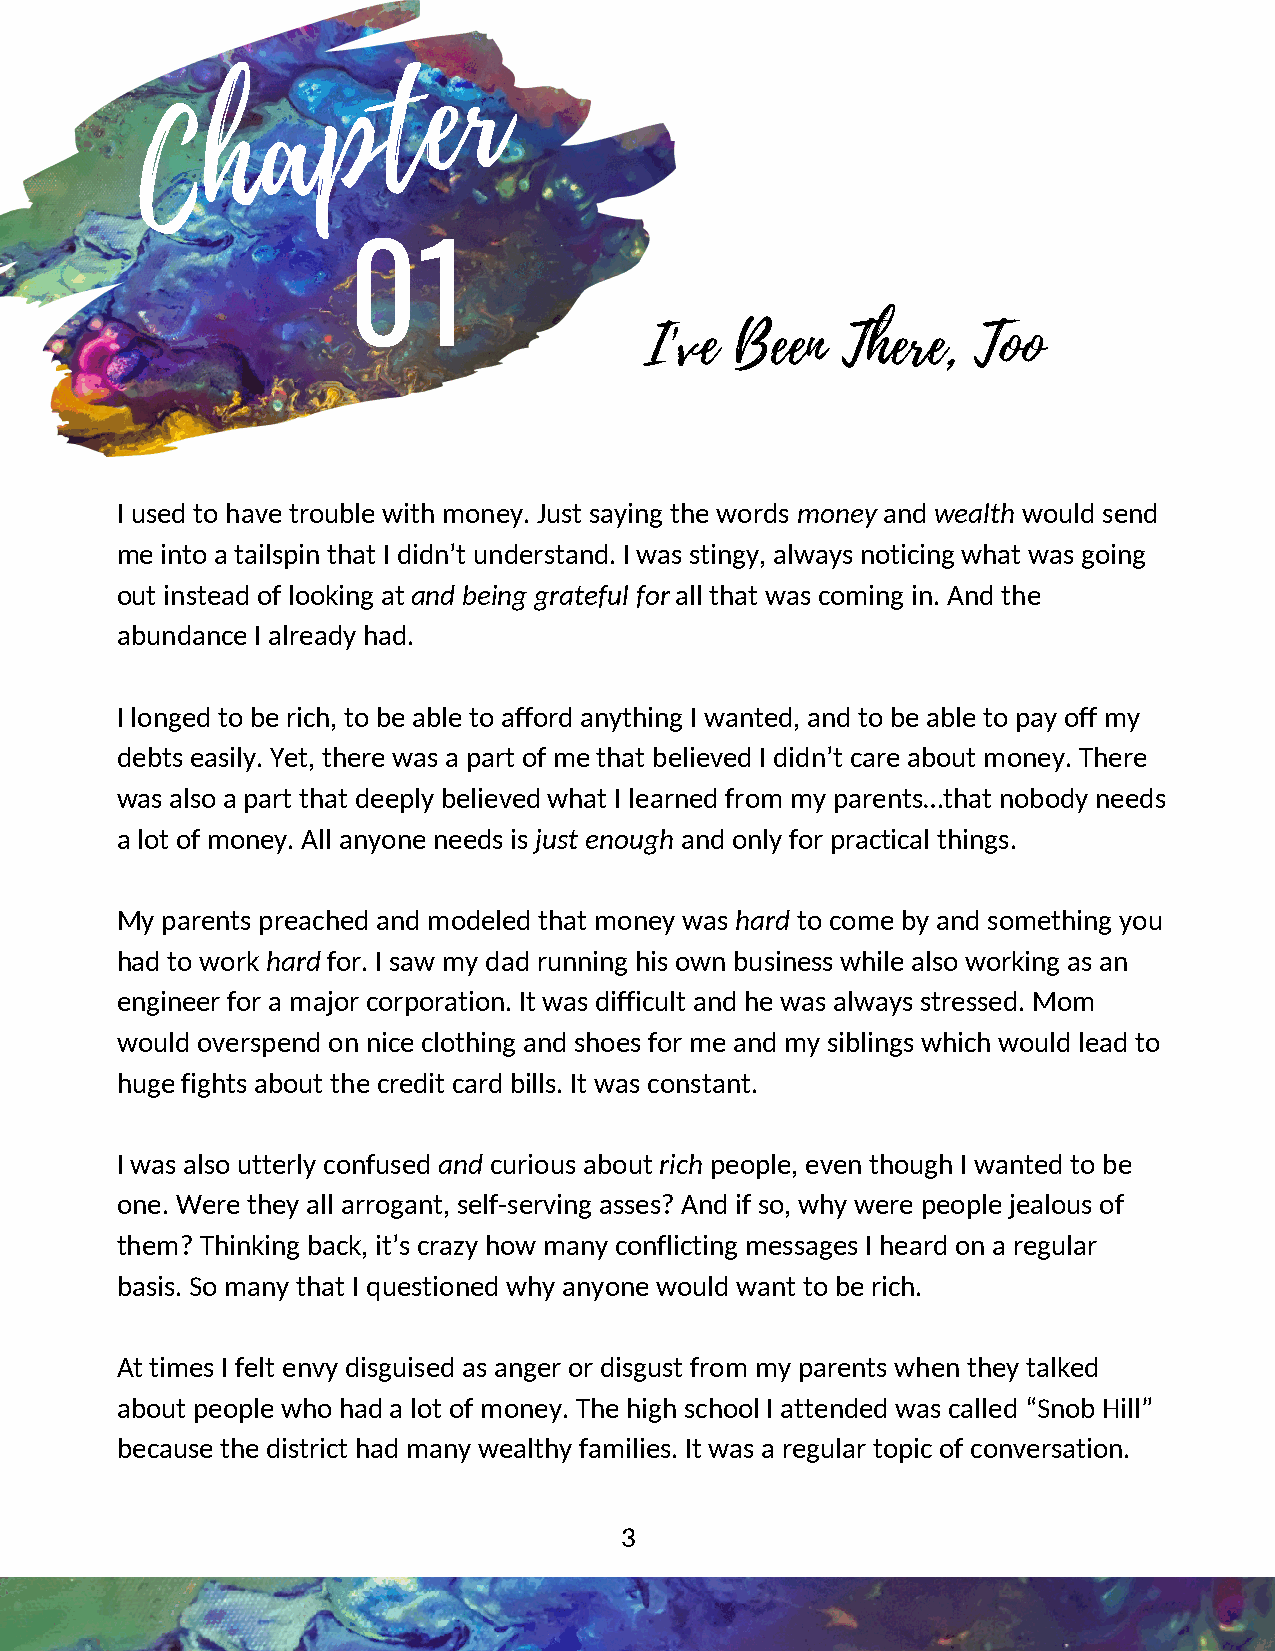
r
 e
 t
 p
 a
 h
 C
 01
 I've  Been   There,  Too
 I used to have trouble with money. Just saying the words money and wealth would send
 me into a tailspin that I didn’t understand. I was stingy, always noticing what was going
 out instead of looking at and being grateful for all that was coming in. And the
 abundance I already had.
 I longed to be rich, to be able to afford anything I wanted, and to be able to pay off my
 debts easily. Yet, there was a part of me that believed I didn’t care about money. There
 was also a part that deeply believed what I learned from my parents…that nobody needs
 a lot of money. All anyone needs is just enough and only for practical things.
 My parents preached and modeled that money was hard to come by and something you
 had to work hard for. I saw my dad running his own business while also working as an
 engineer for a major corporation. It was difficult and he was always stressed. Mom
 would overspend on nice clothing and shoes for me and my siblings which would lead to
 huge fights about the credit card bills. It was constant.
 I was also utterly confused and curious about rich people, even though I wanted to be
 one. Were they all arrogant, self-serving asses? And if so, why were people jealous of
 them? Thinking back, it’s crazy how many conflicting messages I heard on a regular
 basis. So many that I questioned why anyone would want to be rich.
 At times I felt envy disguised as anger or disgust from my parents when they talked
 about people who had a lot of money. The high school I attended was called “Snob Hill”
 because the district had many wealthy families. It was a regular topic of conversation.
 3